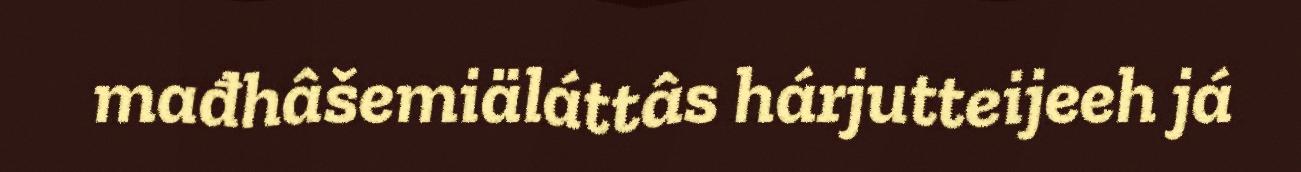
mađhâšemiäláttâs hárjutteijeeh já